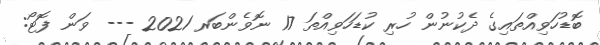
ބޮޑުހަވިއްތައިގެ ދެކުނުން ހުރި ކުޑަހަވިއްތަ 17 ނޮވެންބަރ 2021 --- ވަން ފޮޓޯ: